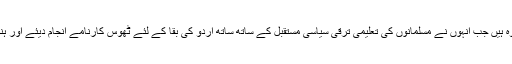
(۴) 1877 تا 1898 ء : سرسید احمد خاں کی زندگی کے یہ اکیس برس وہ ہیں جب انہوں نے مسلمانوں کی تعلیمی ترقی سیاسی مستقبل کے ساتھ ساتھ اردو کی بقا کے لئے ٹھوس کارنامے انجام دیئے اور ہندوستانی مسلمانوں کے مستقبل کی راہ کا تعین بھی کیا اور روشن بھی کیا ۔